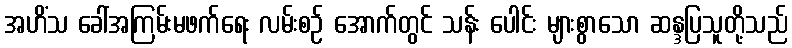
အဟိံသ ခေါ်အကြမ်းမဖက်ရေး လမ်းစဉ် အောက်တွင် သန်း ပေါင်း များစွာသော ဆန္ဒပြသူတို့သည်